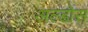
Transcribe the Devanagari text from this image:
अल्डोस